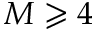
M \geqslant 4